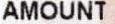
AMOUNT